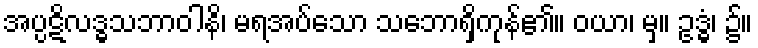
အပ္ပဋိလဒ္ဓသဘာဝါနိ၊ မရအပ်သော သဘောရှိကုန်၏။ ဝယာ၊ မှ။ ဥဒ္ဓံ၊ ၌။